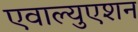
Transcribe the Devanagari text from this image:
एवाल्युएशन